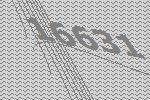
16631